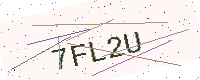
Text: 7FL2U